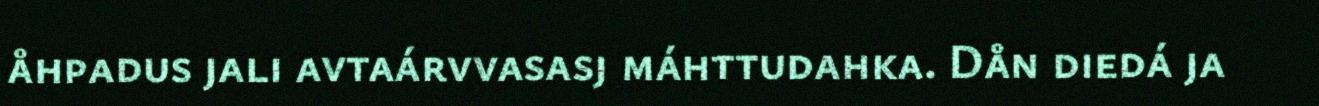
åhpadus jali avtaárvvasasj máhttudahka. Dån diedá ja